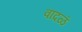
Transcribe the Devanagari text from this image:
वादळं